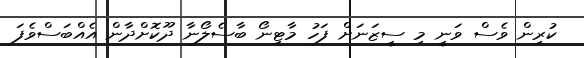
ކުރިން ވެސް ވަނީ މި ސީޒަނަށް ފަހު މާޓިނޯ ބާސެލޯނާ ދޫކޮށްދާން އެއްބަސްވެފަ